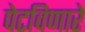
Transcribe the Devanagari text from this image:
पेटविणारे